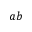
a b